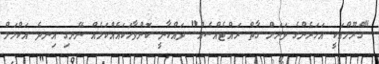
"ގްރޫމްއަކީ އަހަރެންގެ ވަރަށް ގާތް ރައްޓެއްސެއް" ދައްކާނީ ކޮންވާހަކައެއްކަމެއް ނޭނގި އިނދެ އަކްމަލް